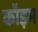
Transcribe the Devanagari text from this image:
कॉइम